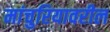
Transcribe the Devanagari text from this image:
मांचुरियावरील